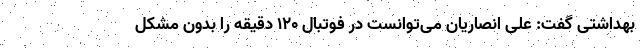
بهداشتی گفت: علی انصاریان می‌توانست در فوتبال ۱۲۰ دقیقه را بدون مشکل